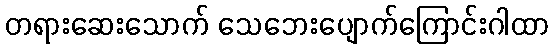
တရားဆေးသောက် သေဘေးပျောက်ကြောင်းဂါထာ